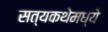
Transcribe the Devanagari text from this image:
सत्यकथेमध्ये